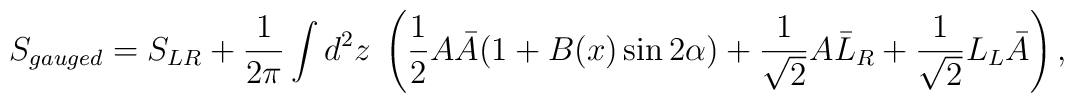
S_{gauged} = S_{LR} + \frac{1}{2\pi} \int d^2 z \; \left( \frac{1}{2} A \bar{A}   ( 1+ B(x) \sin 2\alpha ) + \frac{1}{\sqrt{2}} A \bar{L}_R + \frac{1}{\sqrt{2}} L_L \bar{A} \right),